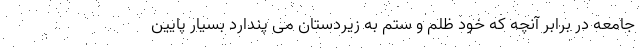
جامعه در برابر آنچه که خود ظلم و ستم به زیردستان می پندارد بسیار پایین